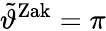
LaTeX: \tilde{\vartheta}^{\mathrm{Zak}}=\pi